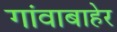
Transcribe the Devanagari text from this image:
गांवाबाहेर